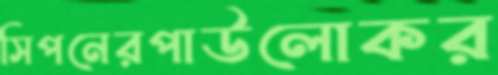
সিপনেরপাউলোকর